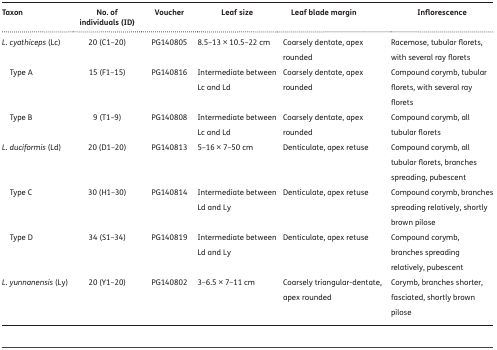
| Taxon | No. of individuals (ID) | Voucher | Leaf size | Leaf blade margin | Inflorescence |
 | --- | --- | --- | --- | --- | --- |
 | L. cyathiceps (Lc) | 20 (C1–20) | PG140805 | 8.5–13 × 10.5–22 cm | Coarsely dentate, apex rounded | Racemose, tubular florets, with several ray florets |
 | Type A | 15 (F1–15) | PG140816 | Intermediate between Lc and Ld | Coarsely dentate, apex rounded | Compound corymb, tubular florets, with several ray florets |
 | Type B | 9 (T1–9) | PG140808 | Intermediate between Lc and Ld | Coarsely dentate, apex rounded | Compound corymb, all tubular florets |
 | L. duciformis (Ld) | 20 (D1–20) | PG140813 | 5–16 × 7–50 cm | Denticulate, apex retuse | Compound corymb, all tubular florets, branches spreading, pubescent |
 | Type C | 30 (H1–30) | PG140814 | Intermediate between Ld and Ly | Denticulate, apex retuse | Compound corymb, branches spreading relatively, shortly brown pilose |
 | Type D | 34 (S1–34) | PG140819 | Intermediate between Ld and Ly | Denticulate, apex retuse | Compound corymb, branches spreading relatively, pubescent |
 | L. yunnanensis (Ly) | 20 (Y1–20) | PG140802 | 3–6.5 × 7–11 cm | Coarsely triangular-dentate, apex rounded | Corymb, branches shorter, fasciated, shortly brown pilose |